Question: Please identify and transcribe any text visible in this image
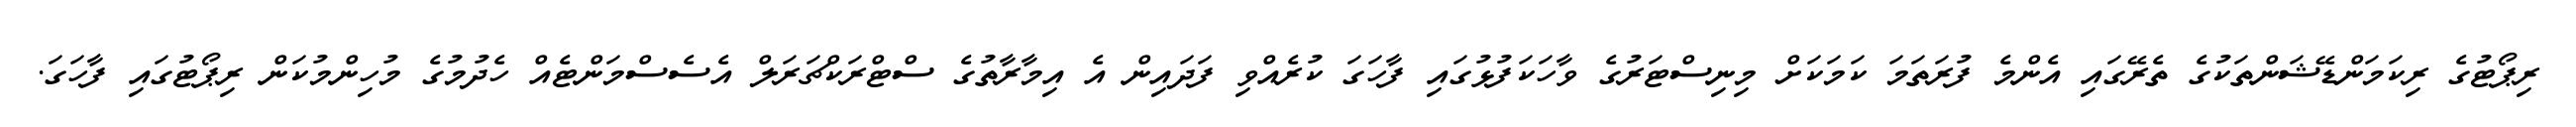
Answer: ރިޕޯޓުގެ ރިކަމަންޑޭޝަންތަކުގެ ތެރޭގައި އެންމެ ފުރަތަމަ ކަމަކަށް މިނިސްޓަރުގެ ވާހަކަފުޅުގައި ފާހަގަ ކުރެއްވި ފަދައިން އެ އިމާރާތުގެ ސްޓްރަކްޗަރަލް އެސެސްމަންޓެއް ހެދުމުގެ މުހިންމުކަން ރިޕޯޓުގައި ފާހަގަ.